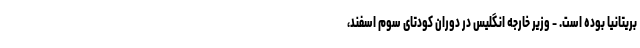
بریتانیا بوده است. - وزیر خارجه انگلیس در دوران کودتای سوم اسفند،